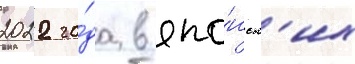
2022 го́да в япо́нск'их